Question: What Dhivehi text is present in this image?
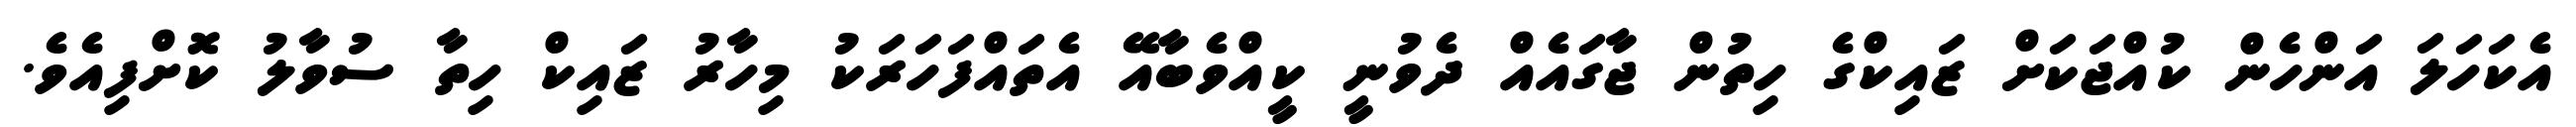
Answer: އެކަހަލަ އަންހެން ކުއްޖަކަށް ޒައިކްގެ ހިތުން ޖާގައެއް ދެވުނީ ކީއްވެބާއޭ އެތައްފަހަރަކު މިހާރު ޒައިކް ހިތާ ސުވާލު ކޮށްފިއެވެ.